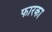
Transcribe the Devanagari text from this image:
फारका